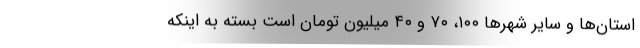
استان‌ها و سایر شهرها ۱۰۰، ۷۰ و ۴۰ میلیون تومان است بسته به اینکه